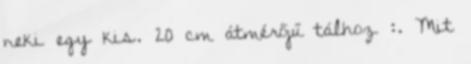
neki egy kis. 20 cm átmérőjű tálhoz :. Mit